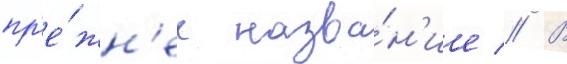
пр'е́жн'ее назва́н'ие // В